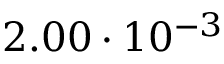
2 . 0 0 \cdot 1 0 ^ { - 3 }